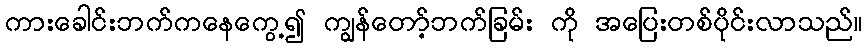
ကားခေါင်းဘက်ကနေကွေ့၍ ကျွန်တော့်ဘက်ခြမ်း ကို အပြေးတစ်ပိုင်းလာသည်။